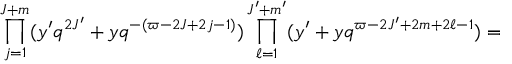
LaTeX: \prod _ { j = 1 } ^ { J + m } ( y ^ { \prime } q ^ { 2 J ^ { \prime } } + y q ^ { - ( \varpi - 2 J + 2 j - 1 ) } ) \prod _ { \ell = 1 } ^ { J ^ { \prime } + m ^ { \prime } } ( y ^ { \prime } + y q ^ { \varpi - 2 J ^ { \prime } + 2 m + 2 \ell - 1 } ) =